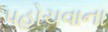
પહોચવાના